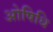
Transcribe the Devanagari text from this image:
ओषिधि